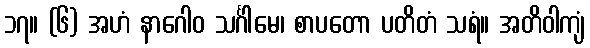
၁၇။ (၆) အဟံ နာဂေါဝ သင်္ဂါမေ၊ စာပတော ပတိတံ သရံ။ အတိဝါကျံ